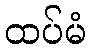
ထပ်မံ